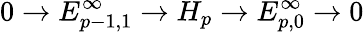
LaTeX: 0\to E_{p-1,1}^{\infty}\to H_{p}\to E_{p,0}^{\infty}\to 0